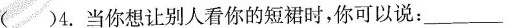
( ) 4.当你想让别人看你的短裙时,你可以说:___